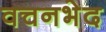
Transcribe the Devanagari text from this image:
वचनभेद